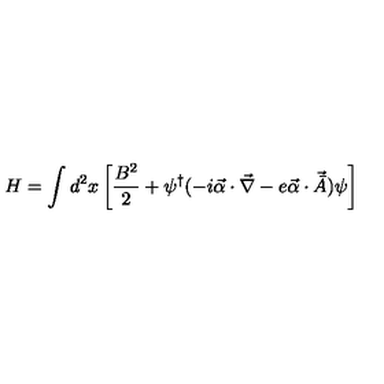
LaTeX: H = \int d ^ { 2 } x \left[ \frac { B ^ { 2 } } { 2 } + \psi ^ { \dag } ( - i { \vec { \alpha } } \cdot \vec { \nabla } - e { \vec { \alpha } } \cdot { \vec { { \bar { A } } } } ) \psi \right]